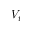
V _ { t }